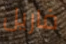
فاريل